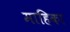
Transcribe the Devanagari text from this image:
माहिका